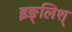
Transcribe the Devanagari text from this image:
इङ्लिश्